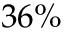
3 6 \%